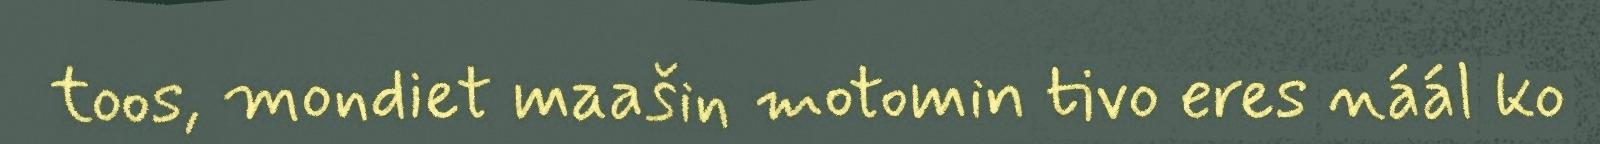
toos, mondiet maašin motomin tivo eres náál ko